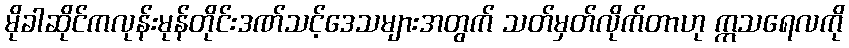
မိုခါဆိုင်ကလုန်းမုန်တိုင်းဒဏ်သင့်ဒေသများအတွက် သတ်မှတ်လိုက်တာဟု ဣသရေလကို